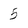
Character: 5